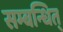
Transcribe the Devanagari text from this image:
सम्बन्धित्